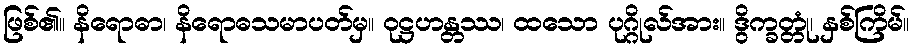
ဖြစ်၏။ နိရောဓာ၊ နိရောဓသမာပတ်မှ။ ဝုဋ္ဌဟန္တဿ၊ ထသော ပုဂ္ဂိုလ်အား။ ဒွိက္ခတ္တုံ၊ နှစ်ကြိမ်။